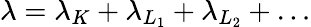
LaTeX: \lambda=\lambda_{K}+\lambda_{L_{1}}+\lambda_{L_{2}}+\ldots